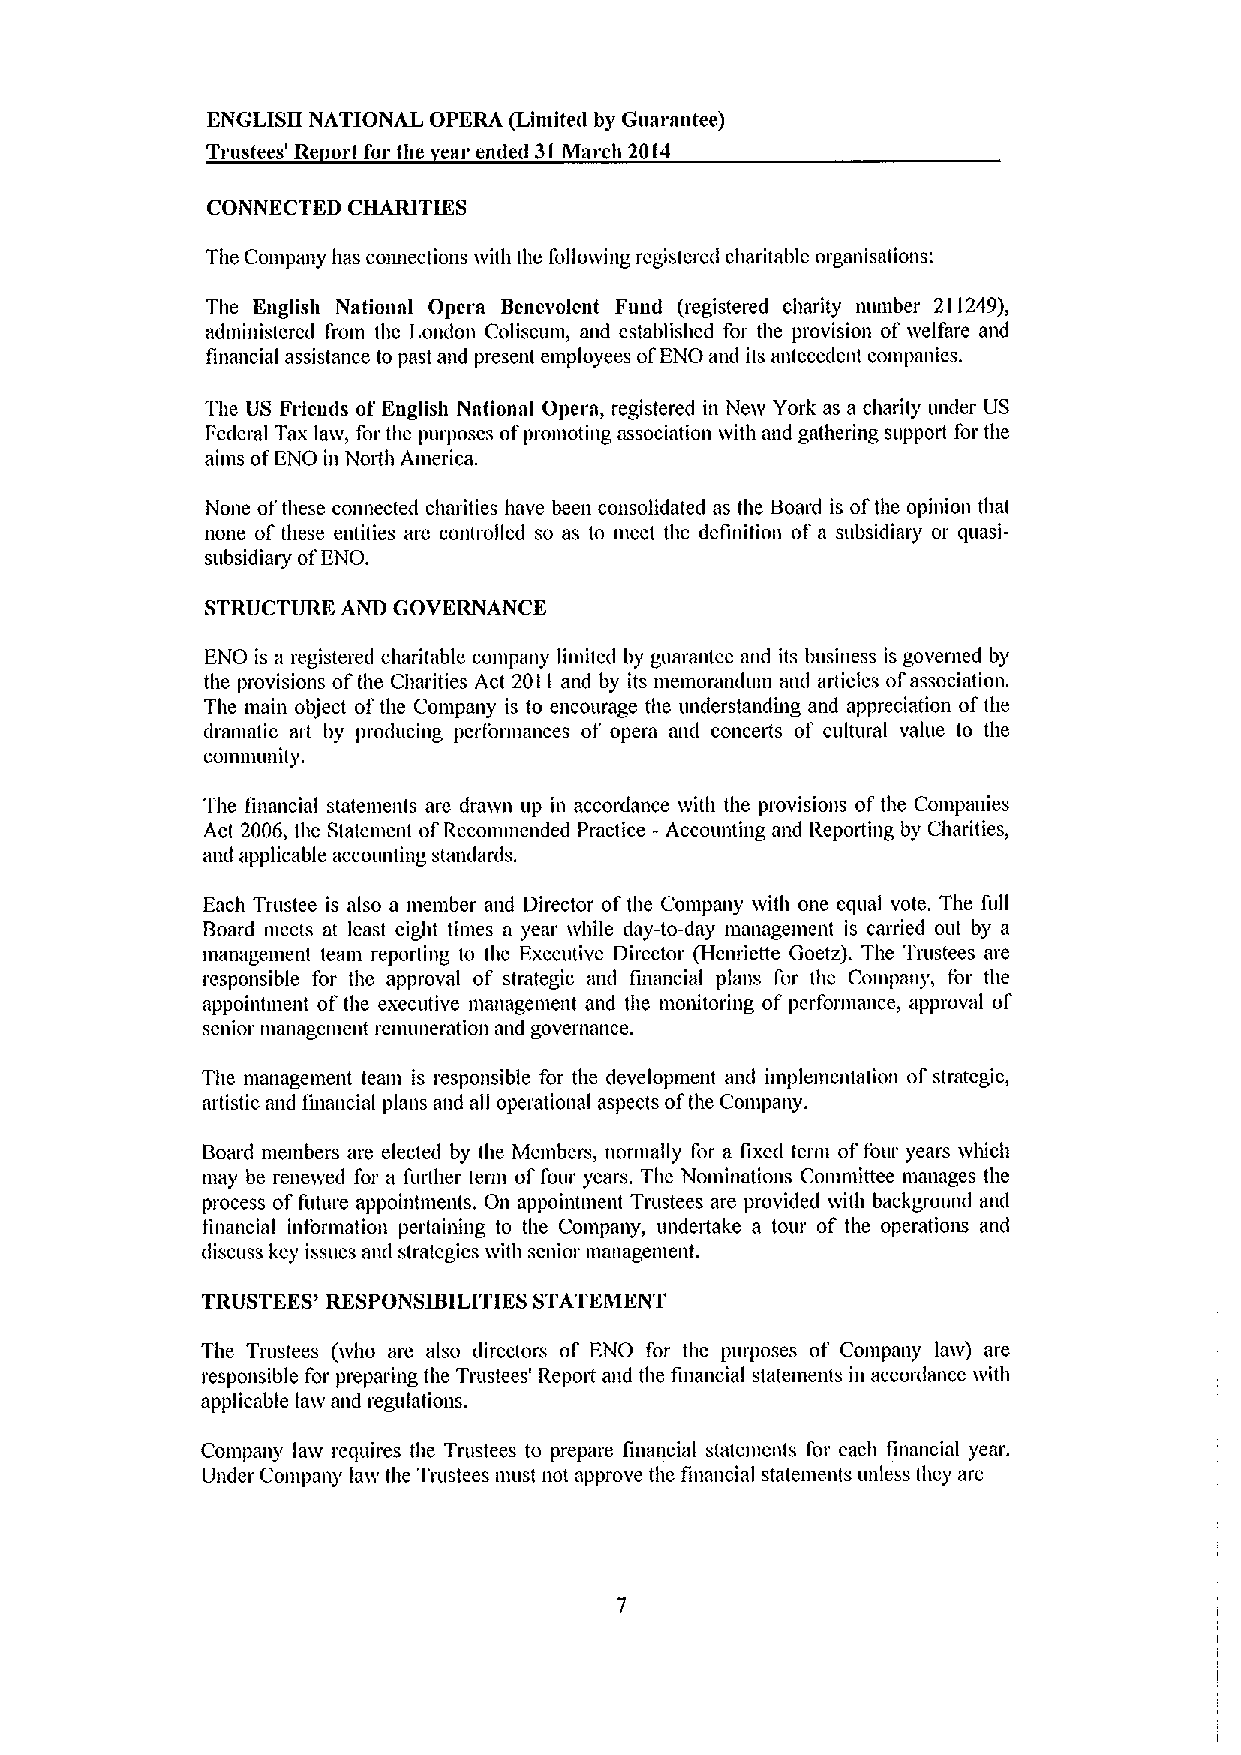
ENGLISH NATIONAL OPERA (Limite&l by Guarantee)
 Trustees' Re tort for the ear ended 31March 2014
 CONNECTED CHARITIES
 The Company has connections ivith the follolving registered charitable orgmlisations:
 The English National Opera Benevolent Fund (registered charity number 21(249),
 administered from the London Coliseum, and established for the provision of lvelfare and
 financial assistance to past and present employees ofENO and its antecedent conipanies.
 The US Fricmls of English National Opera, registered in Nelv York as a charity under US
 Federal Tax laiv, for the purposes ofpromoting association with and gathering support for the
 aims ofENO in North America.
 None ofthese comlected charities have been consolidated as the Board is ofthe opinion that
 none of these entities are controlled so as to meet the definition of a subsidiary or quasi-
 subsidiary ofENO.
 STRUCTURE AND GOVERNANCE
 ENO is a registered charitable company limited by guarantee and its business is governed by
 the provisions ofthe Charities Act 20I I and by its memorandum and articles ofassociatioll.
 The main object ofthe Company is to encourage the understanding and appreciation ofthe
 dranmtic art by producing performances of opera aml concerts of cultural value to the
 co&nina&lit)'.
 The financial statements arc dmlvn up in accordance with the provisions ofthe Conlpanies
 Act 2006, the Statement ofRecommended Practice - Accounting and Reporting by Charities,
 slid applicable accoulltlng stalldmds.
 Each Trustee is also a menlber and Director ofthe Conipany lvith one equal vote. The full
 Board meets at least eight times a year while day-to-day nlanagement is carried out by a
 Illallilgcnlcllt tcaul I'cporthlg to tile Excclltivc Dil'cctol' (Hcnl1cttc Gocfz). Tile Tl'llstccs al'c
 responsible for the approval of strategic mid financial plans for the Compmiy, for the
 appointment ofthe executive management and the monitoring of performance, approval of
 senior management remuneration and governance.
 The management team is responsible for the development and implementation ofstrategic,
 artistic and financial plans and all operational aspects ofthe Company.
 Board members are elected by the Members, normally for a fixed term offour years lvluch
 may be renelved for a further term offour years. The Nonlinations Cominittee manages the
 process offuture appointments. On appointment Trustees are provided lvith background and
 financial information pertaining to the Company, undertake a tour of the operations and
 discuss key issues and strategies lvith senior management.
 TRUSTEES' RESPONSIBILITIES STATEMENT
 The Tnistees (lvho are also directors of ENO for the purposes of Company lalv) are
 responsible for preparing the Trustees' Repo&I and the financial statements in accordance with
 applicable law and regulations.
 Company laiv requires the Trustees to prepare financial statements for each financial year.
 Under Company lalv the Trustees must not approve the finmlcial statements unless they are